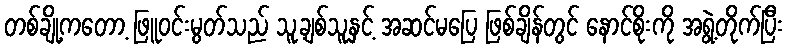
တစ်ချို့ကတော့ ဖြူဝင်းမွတ်သည် သူ့ချစ်သူနှင့် အဆင်မပြေ ဖြစ်ချိန်တွင် နောင်စိုးကို အရွဲ့တိုက်ပြီး